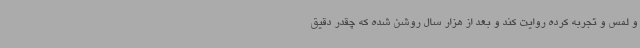
و لمس و تجربه کرده روایت کند و بعد از هزار سال روشن شده که چقدر دقیق